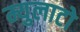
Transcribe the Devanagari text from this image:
म्युलाटो